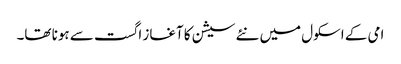
امی کے اسکول میں نئے سیشن کا آغاز اگست سے ہونا تھا۔